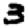
Digit: 3